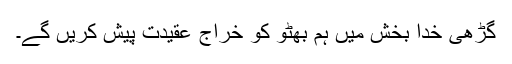
گڑھی خدا بخش میں ہم بھٹو کو خراج عقیدت پیش کریں گے۔